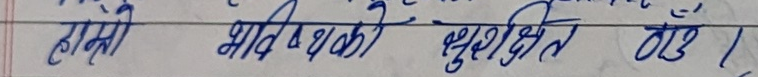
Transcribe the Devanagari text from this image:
हामी भावी भविष्य को सुनिश्चित ढाँचा ।